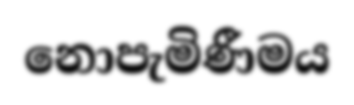
නොපැමිණීමය